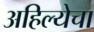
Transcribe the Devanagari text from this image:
अहिल्येचा